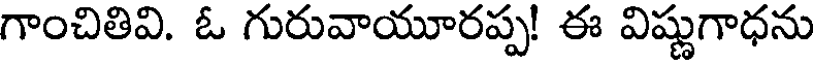
గాంచితివి. ఓ గురువాయూరప్ప! ఈ విష్ణుగాధను